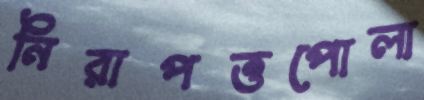
নিরাপত্তপোলা